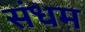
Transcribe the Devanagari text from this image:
संधम